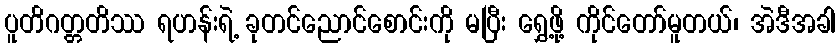
ပူတိဂတ္တတိဿ ရဟန်းရဲ့ ခုတင်ညောင်စောင်းကို မပြီး ရွှေ့ဖို့ ကိုင်တော်မူတယ်၊ အဲဒီအခါ